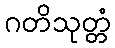
ဂတိသုတ္တံ